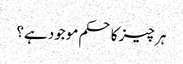
ہر چیز کا حکم موجود ہے؟